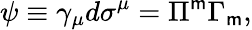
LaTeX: \psi\equiv\gamma_{\mu}d\sigma^{\mu}=\Pi^{\mathsf{m}}\Gamma_{\mathsf{m}},